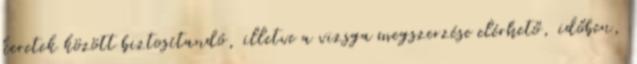
keretek között biztosítandó, illetve a vizsga megszerzése elérhető, időben,